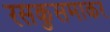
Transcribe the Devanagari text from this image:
रसकुसमाकर